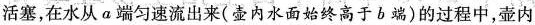
活塞，在水从a端匀速流出来(壶内水面始终高于b端)的过程中，壶内